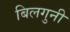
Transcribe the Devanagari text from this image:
बिलगुनी